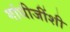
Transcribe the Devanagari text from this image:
गांधीजींशी